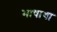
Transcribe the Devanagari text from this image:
भाषाया